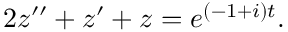
2 z ^ { \prime \prime } + z ^ { \prime } + z = e ^ { ( - 1 + i ) t } .